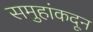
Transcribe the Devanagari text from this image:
समुहांकदून